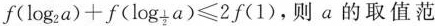
$$f ( l o g_{s} a ) + f ( l o g_{\frac{1}{2} } + a ) ≤ 2 f ( 1 )$$，则a的取值范